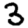
Digit: 3